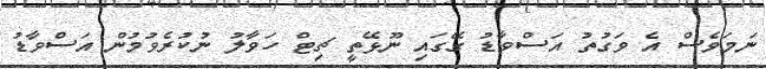
ނަމަވެސް އެ ވަގުތު އަސްވާޑު ގޭގައި ނޫޅޭތީ ޗިޓް ހަވާލު ނުކުރެވުމުން އަސްވާޑު